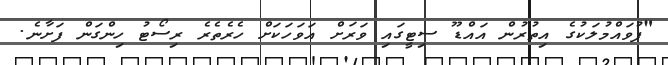
"ފުވައްމުލަކުގެ އިތުރުން އައްޑޫ ސިޓީގައި ވަރަށް އަވަހަކަށް ހެރެތެރެ ރިސޯޓު ހިންގަން ފަށާނެ.